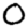
Digit: 0